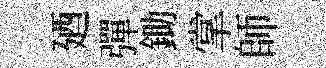
廼彈鋤掌師